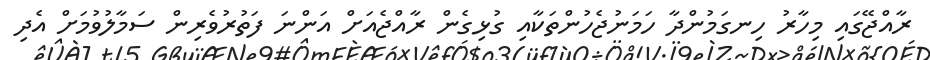
ރާއްޖޭގައި މިހާރު ހިނގަމުންދާ ހަމަނުޖެހުންތަކާއި ގުޅިގެން ރާއްޖެއަށް އަންނަ ފަތުރުވެރިން ސަމާލުވުމަށް އެދި